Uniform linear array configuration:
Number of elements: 48
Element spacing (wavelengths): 0.5
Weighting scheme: uniform
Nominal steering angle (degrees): -60
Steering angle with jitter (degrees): -60.639
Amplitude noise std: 0.05
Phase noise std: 0.05

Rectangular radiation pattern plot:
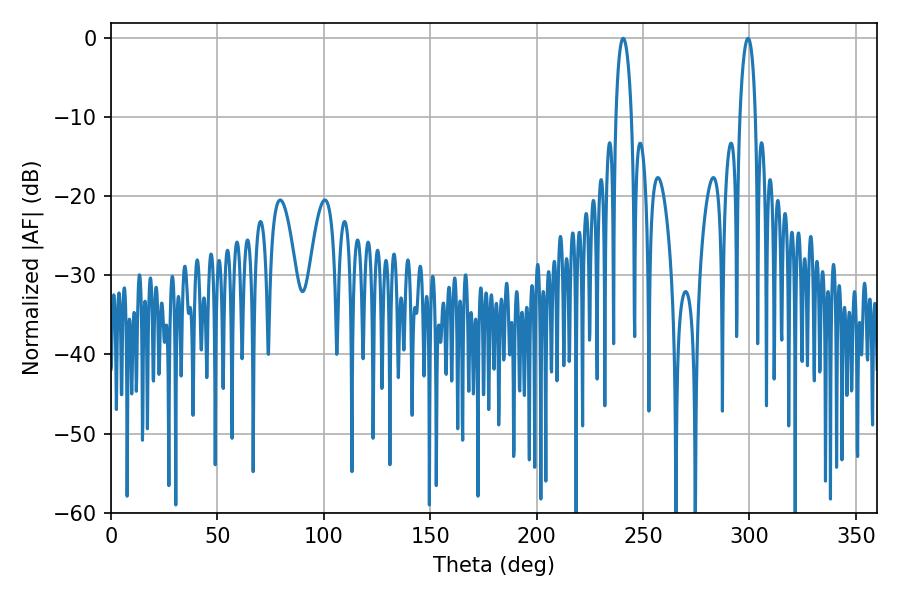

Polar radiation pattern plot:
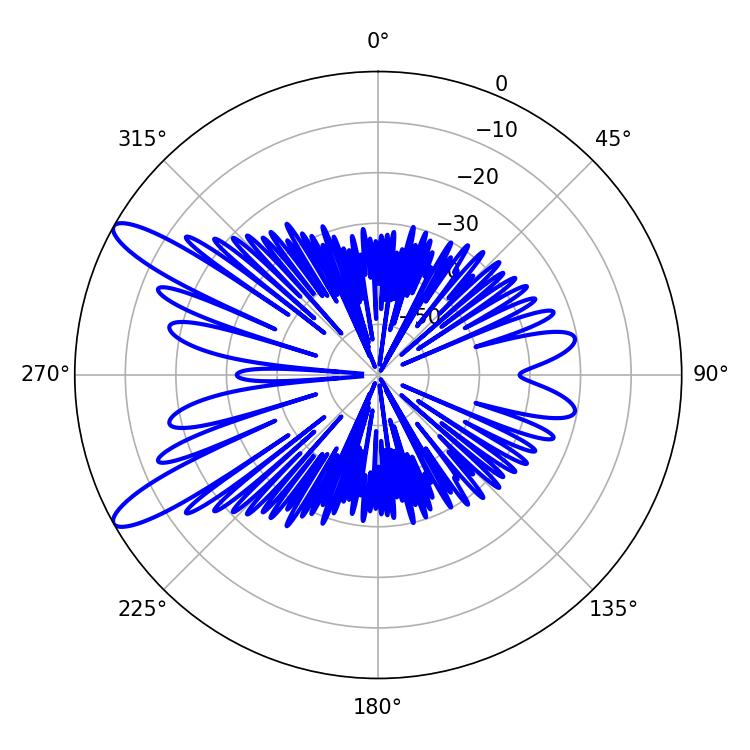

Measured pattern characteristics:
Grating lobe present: FALSE
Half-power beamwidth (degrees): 4.14
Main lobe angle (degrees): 240.66